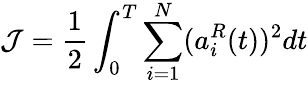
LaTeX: \mathcal{J}=\frac{1}{2}\int_{0}^{T}\sum_{i=1}^{N}({a}_{i}^{R}(t))^{2}dt